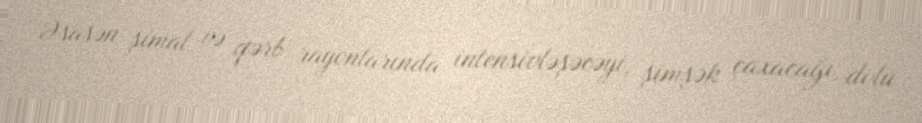
Əsasən şimal və qərb rayonlarında intensivləşəcəyi, şimşək çaxacağı, dolu